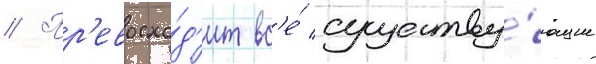
// Пр'евосхо́д'ит вс'е́ существу́ющие